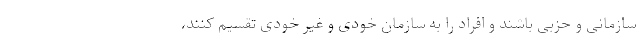
سازمانی و حزبی باشند و افراد را به سازمان خودی و غیر خودی تقسیم کنند،